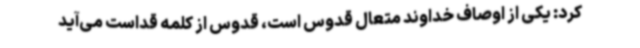
کرد: یکی از اوصاف خداوند متعال قدوس است، قدوس از کلمه قداست می‌آید